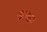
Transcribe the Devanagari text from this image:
ऊच्छा